Report of the Indian Hemp Drugs Commission, 1894-1895 - Volume V
Year: 1894
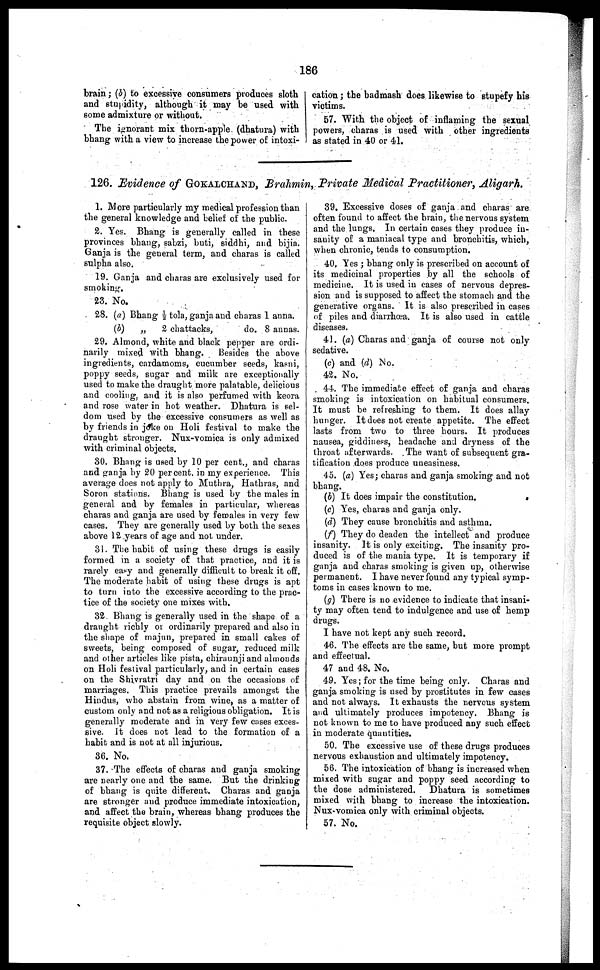
186
brain; (b) to excessive consumers produces sloth
and stupidity, although it may be used with
some admixture or without.
The ignorant mix thorn-apple (dhatura) with
bhang with a view to increase the power of intoxi-
cation ; the badmash does likewise to stupefy his
victims.
57. With the object of inflaming the sexual
powers, charas is used with other ingredients
as stated in 40 or 41.
126. Evidence of GOKAICHAND, Brahmin, Private Medical Practitioner, Aligarh.
1. More particularly my medical profession than
the general knowledge and belief of the public.
2. Yes. Bhang is generally called in these
provinces bhang, sabzi, buti, siddhi, and bijia.
Ganja is the general term, and charas is called
sulpha also.
19. Ganja and charas are exclusively used for
smoking.
23. No.
28. (a) Bhang ½ tola, ganja and charas 1 anna.
(b)
„
2 chattacks,
do. 8 annas.
29. Almond, white and black pepper are ordi-
narily mixed with bhang.
Besides the above
ingredients, cardamoms, cucumber seeds, kasni,
poppy seeds, sugar and milk are exceptionally
used to make the draught more palatable, delicious
and cooling, and it is also perfumed with keora
and rose water in hot weather. Dhatura is sel-
dom used by the excessive consumers as well as
by friends in joke on Holi festival to make the
draught stronger. Nux-vomica is only admixed
with criminal objects.
30. Bhang is used by 10 per cent., and charas
and ganja by 20 percent, in my experience. This
average does not apply to Muthra, Hathras, and
Soron stations. Bhang is used by the males in
general and by females in particular, whereas
charas and ganja are used by females in very few
cases. They are generally used by both the sexes
above 12 years of age and not under.
31. The habit of using these drugs is easily
formed in a society of that practice, and it is
rarely easy and generally difficult to break it off.
The moderate habit of using these drugs is apt
to turn into the excessive according to the prac-
tice of the society one mixes with.
32. Bhang is generally used in the shape of a
draught richly or ordinarily prepared and also in
the shape of majun, prepared in small cakes of
sweets, being composed of sugar, reduced milk
and other articles like pista, chiraunji and almonds
on Holi festival particularly, and in certain cases
on the Shivratri day and on the occasions of
marriages. This practice prevails amongst the
Hindus, who abstain from wine, as a matter of
custom only and not as a religious obligation. It is
generally moderate and in very few cases exces-
sive. It does not lead to the formation of a
habit and is not at all injurious.
36. No.
37. The effects of charas and ganja smoking
are nearly one and the same. But the drinking
of bhang is quite different. Charas and ganja
are stronger and produce immediate intoxication,
and affect the brain, whereas bhang produces the
requisite object slowly.
39. Excessive doses of ganja and charas are
often found to affect the brain, the nervous system
and the lungs. In certain cases they produce in-
sanity of a maniacal type and bronchitis, which,
when chronic, tends to consumption.
40. Yes ; bhang only is prescribed on account of
its medicinal properties by all the schools of
medicine. It is used in cases of nervous depres-
sion and is supposed to affect the stomach and the
generative organs. It is also prescribed in cases
of piles and diarrhoea. It is also used in cattle
diseases.
41. (a) Charas and ganja of course not only
sedative.
(c) and (d) No.
42. No.
44. The immediate effect of ganja and charas
smoking is intoxication on habitual consumers.
It must be refreshing to them. It does allay
hunger. It does not create appetite. The effect
lasts from two to three hours. It produces
nausea, giddiness, headache and dryness of the
throat afterwards. The want of subsequent gra-
tification does produce uneasiness.
45. (a) Yes; charas and ganja smoking and not
bhang.
(b) It does impair the constitution.
(c) Yes, charas and ganja only.
(d) They cause bronchitis and asthma.
(f) They do deaden the intellect and produce
insanity. It is only exciting. The insanity pro-
duced is of the mania type. It is temporary if
ganja and charas smoking is given up, otherwise
permanent. I have never found any typical symp-
toms in cases known to me.
(g) There is no evidence to indicate that insani-
ty may often tend to indulgence and use of hemp
drugs.
I have not kept any such record.
46. The effects are the same, but more prompt
and effectual.
47 and 48. No.
49. Yes; for the time being only. Charas and
ganja smoking is used by prostitutes in few cases
and not always. It exhausts the nervous system
and ultimately produces impotency. Bhang is
not known to me to have produced any such effect
in moderate quantities.
50. The excessive use of these drugs produces
nervous exhaustion and ultimately impotency.
56. The intoxication of bhang is increased when
mixed with sugar and poppy seed according to
the dose administered,
Dhatura is sometimes
mixed with bhang to increase the intoxication.
Nux-vomica only with criminal objects.
57. No.